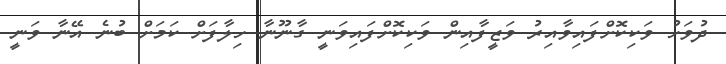
ދުވަހު ވަކިކޮށްފައިވާއިރު ވަޒީފާއިން ވަކިކޮށްފައިވަނީ ގާނޫނާ ހިލާފަށް ކަމަށް ބުނެ އޭނާ ވަނީ